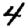
Digit: 4